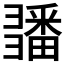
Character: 𢑵